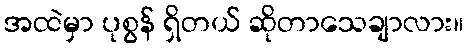
အထဲမှာ ပုစွန် ရှိတယ် ဆိုတာသေချာလား။